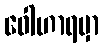
ဝေါဟာရမှာ